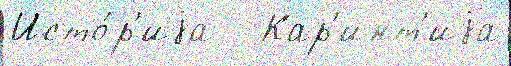
Исто́р'иjа   Кар'инт'иjа